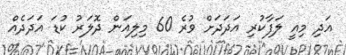
އަދި މިއީ ލަފާކުރި އަދަދަށް ވުރެ 60 މިލިއަން ދޮލަރު ކުޑަ އަދަދެއް